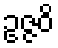
ဥဇ္ဇဝိ